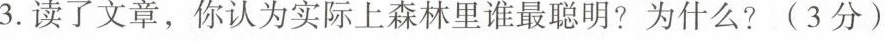
3.读了文章，你认为实际上森林里谁最聪明？为什么？(3分)